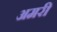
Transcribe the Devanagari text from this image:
अमरी